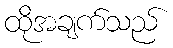
ထိုအချက်သည်